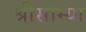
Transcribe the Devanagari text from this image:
श्रीसोम्या